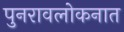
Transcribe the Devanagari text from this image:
पुनरावलोकनात